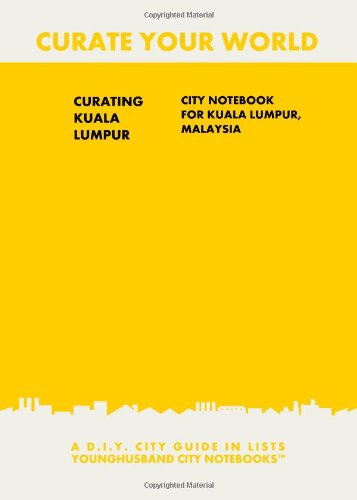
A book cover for Curating Kuala Lumpur: City Notebook For Kuala Lumpur, Malaysia: A D.I.Y. City Guide In Lists (Curate Your World); Younghusband City Notebooks; Travel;